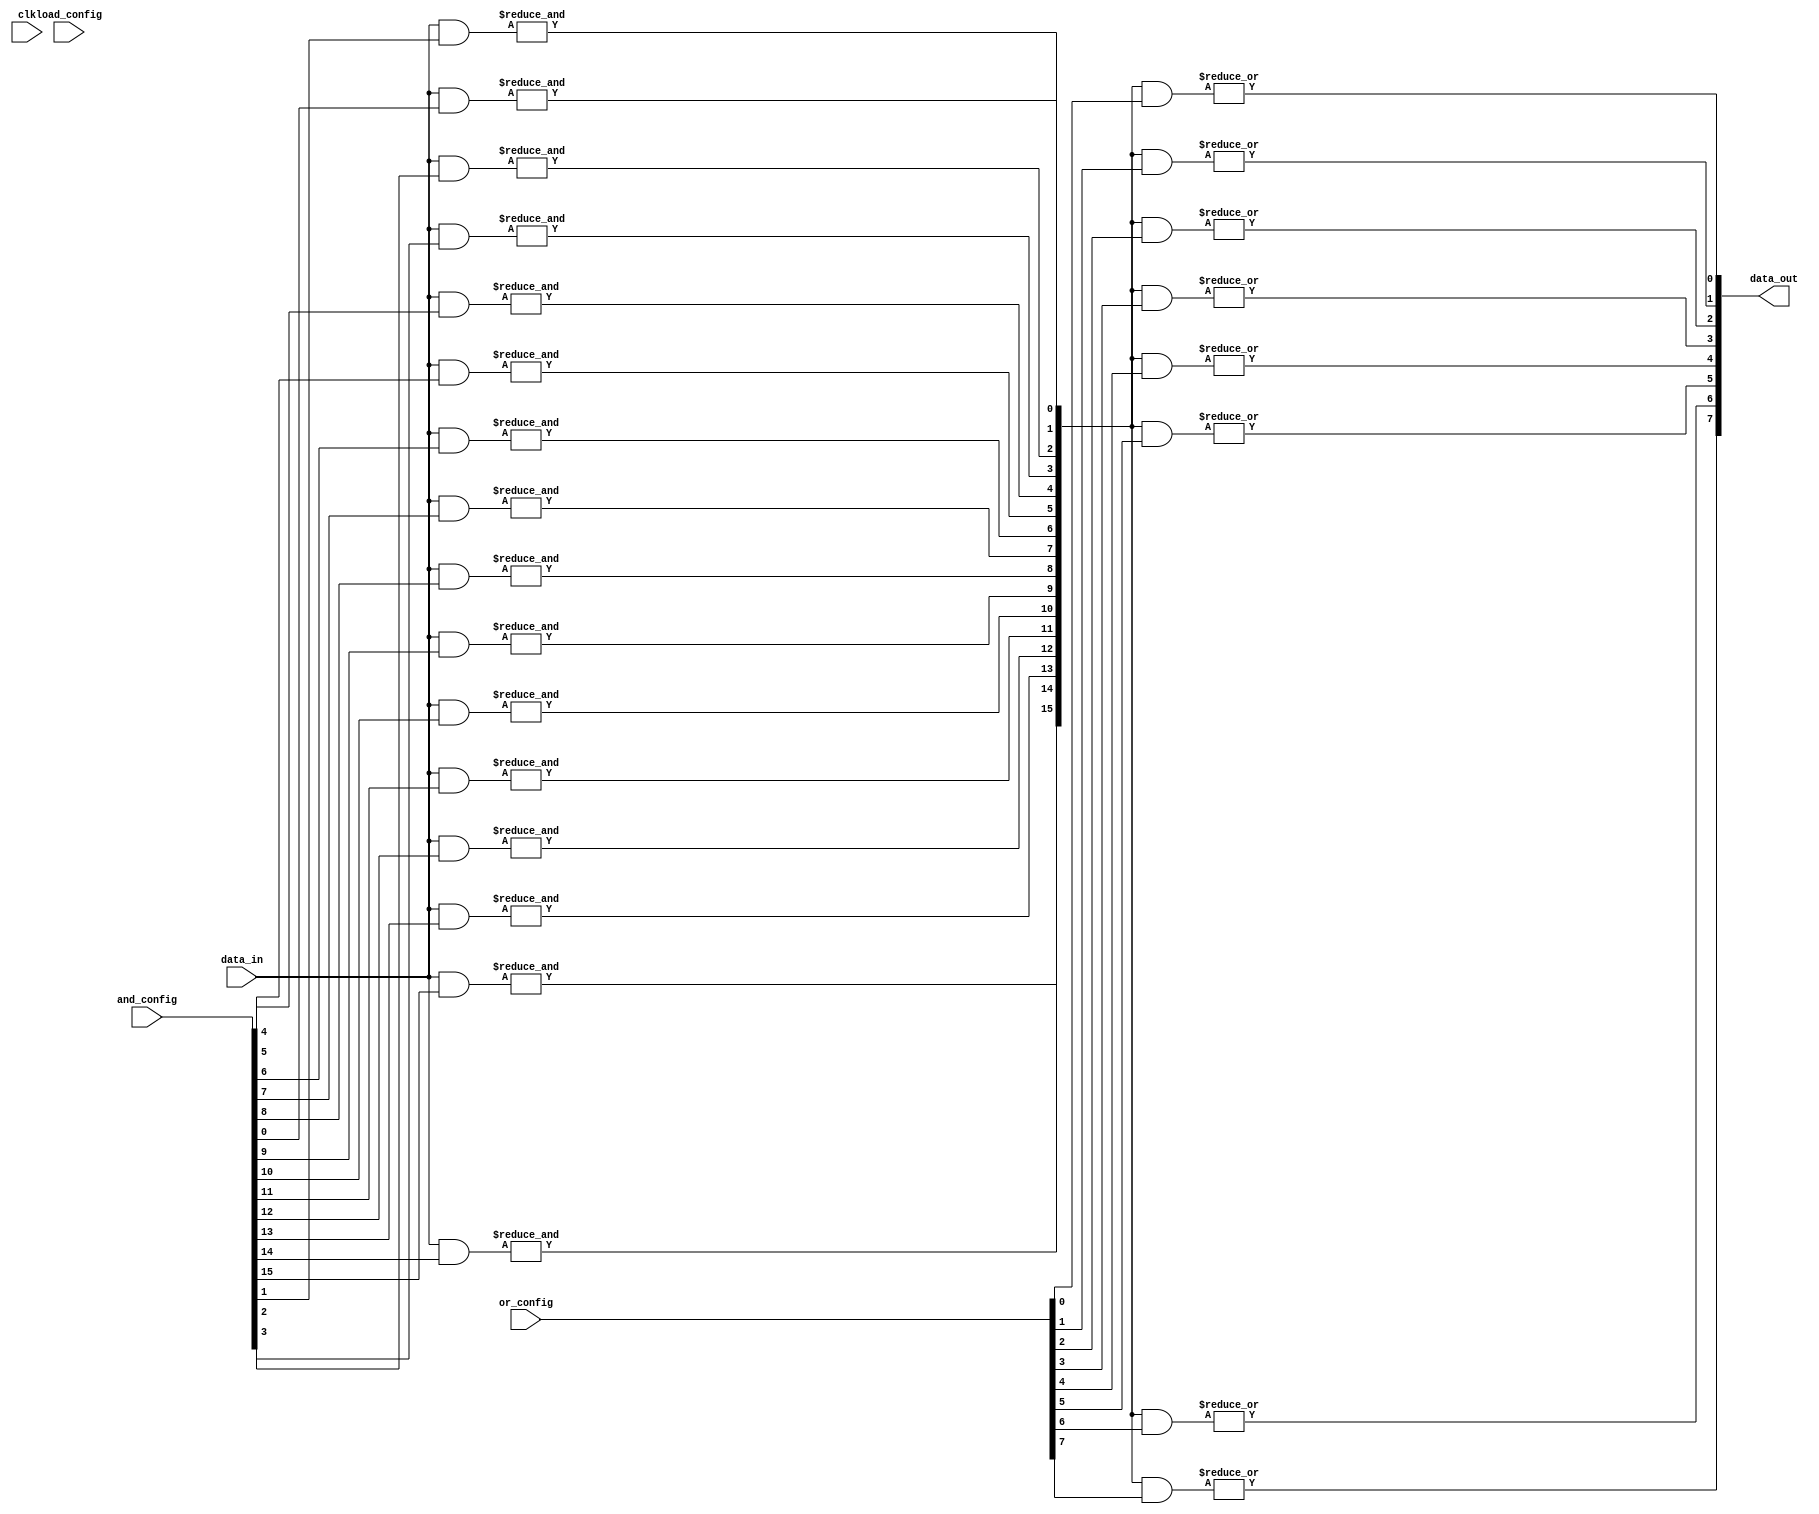
module SPAL #(
    parameter NUM_INPUTS = 8,  // Number of inputs
    parameter NUM_AND_TERMS = 16, // Number of AND terms
    parameter NUM_OR_TERMS = 8 // Number of OR terms
)(
    input  [NUM_INPUTS-1:0] data_in,  // Input data
    input  [NUM_AND_TERMS-1:0] and_config, // Configuration for AND array
    input  [NUM_OR_TERMS-1:0] or_config,   // Configuration for OR array
    input  load_config,         // Signal to load configuration
    input  clk,                 // Clock signal
    output [NUM_OR_TERMS-1:0] data_out // Output data
);

    // Input buffer
    wire [NUM_INPUTS-1:0] buffered_input;
    genvar i;
    generate
        for (i = 0; i < NUM_INPUTS; i = i + 1) begin: input_buffer
            assign buffered_input[i] = data_in[i]; // Simple buffer; can add inversion if needed
        end
    endgenerate

    // AND Array
    wire [NUM_AND_TERMS-1:0] and_output;
    genvar j;
    generate
        for (j = 0; j < NUM_AND_TERMS; j = j + 1) begin: and_array
            assign and_output[j] = &({buffered_input & and_config[j]}); // AND operation based on config
        end
    endgenerate

    // OR Array
    wire [NUM_OR_TERMS-1:0] or_output;
    genvar k;
    generate
        for (k = 0; k < NUM_OR_TERMS; k = k + 1) begin: or_array
            assign or_output[k] = |(and_output & or_config[k]); // OR operation based on config
        end
    endgenerate

    // Output buffer
    wire [NUM_OR_TERMS-1:0] buffered_output;
    generate
        for (i = 0; i < NUM_OR_TERMS; i = i + 1) begin: output_buffer
            assign buffered_output[i] = or_output[i]; // Simple buffer; can add inversion if needed
        end
    endgenerate

    // Control Logic (for loading configuration)
    reg [NUM_AND_TERMS-1:0] stored_and_config;
    reg [NUM_OR_TERMS-1:0] stored_or_config;

    always @(posedge clk) begin
        if (load_config) begin
            stored_and_config <= and_config; // Load AND configuration
            stored_or_config <= or_config; // Load OR configuration
        end
    end

    assign data_out = buffered_output; // Final output

endmodule